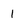
Character: 1